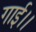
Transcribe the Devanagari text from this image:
गाई।।